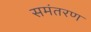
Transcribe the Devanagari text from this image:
समंतरण